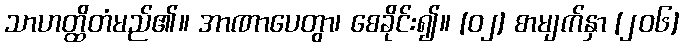
သာဟတ္ထိတံမည်၏။ အာဏာပေတွာ၊ စေခိုင်း၍။ [၀၂] စာမျက်နှာ [၂၀၆]